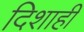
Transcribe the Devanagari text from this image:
दिशाही